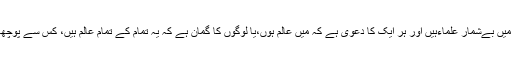
شہروں میں بےشمار علماءہیں اور ہر ایک کا دعوی ہے کہ میں عالم ہوں،یا لوگوں کا گمان ہے کہ یہ تمام کے تمام عالم ہیں، کس سے پوچھا جائے؟